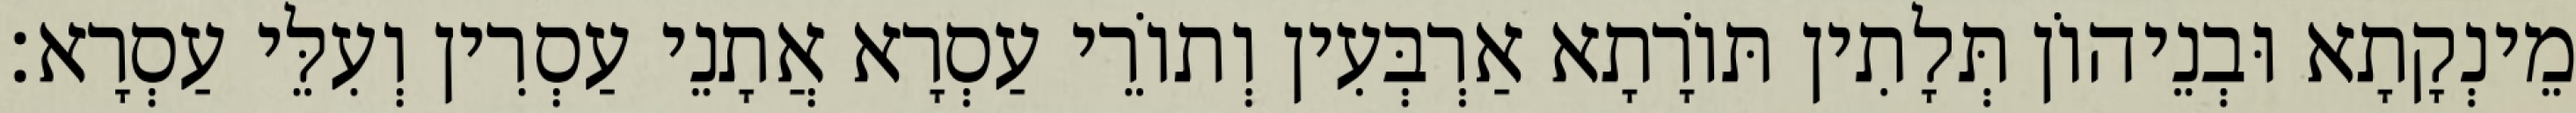
מֵינְקָתָא וּבְנֵיהוֹן תְּלָתִין תּוֹרָתָא אַרְבְּעִין וְתוֹרֵי עַסְרָא אֲתָנֵי עַסְרִין וְעִלֵּי עַסְרָא׃